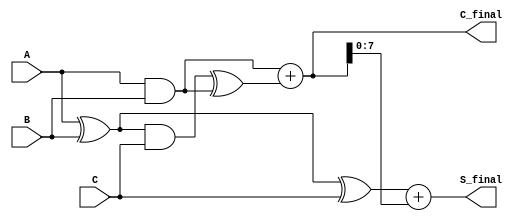
module CarrySaveAdder (
    input [N-1:0] A,  // First operand
    input [N-1:0] B,  // Second operand
    input [N-1:0] C,  // Third operand
    output [N-1:0] S_final,  // Final sum output
    output [N:0] C_final  // Final carry output
);
    parameter N = 8;  // Width of the operands

    wire [N-1:0] S1;  // Partial sum from A and B
    wire [N-1:0] C1;  // Carry from A and B
    wire [N-1:0] S2;  // Partial sum from S1 and C
    wire [N-1:0] C2;  // Carry from S1 and C

    // Stage 1: Compute partial sum and carry for A and B
    assign S1 = A ^ B;  // Partial sum S1 = A XOR B
    assign C1 = A & B;  // Carry C1 = A AND B

    // Stage 2: Compute partial sum and carry for S1 and C
    assign S2 = S1 ^ C;  // Partial sum S2 = S1 XOR C
    assign C2 = (S1 & C) ^ C1;  // Carry C2 = (S1 AND C) XOR C1

    // Final carry calculation
    wire [N:0] C_temp;  // Temporary carry for final addition
    assign C_temp = C1 + C2;  // Final carry C_final = C1 + C2

    // Final sum calculation
    assign S_final = S2 + C_temp[N-1:0];  // Final sum S_final = S2 + C_final

    // Final carry output
    assign C_final = C_temp;  // Final carry output

endmodule